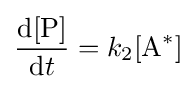
{\frac {\mathrm {d} [{\ce {P}}]}{\mathrm {d} t}}=k_{2}[{\ce {A}}^{*}]